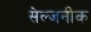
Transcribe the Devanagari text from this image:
सेल्जनीक